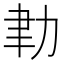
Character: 𦘓